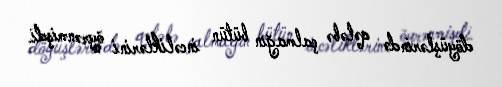
döyüşlərində qələbə çalmağın bütün incəliklərini öyrənmişdi.